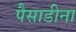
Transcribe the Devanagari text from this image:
पैसाडीना